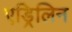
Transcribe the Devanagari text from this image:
एड्रिलिन